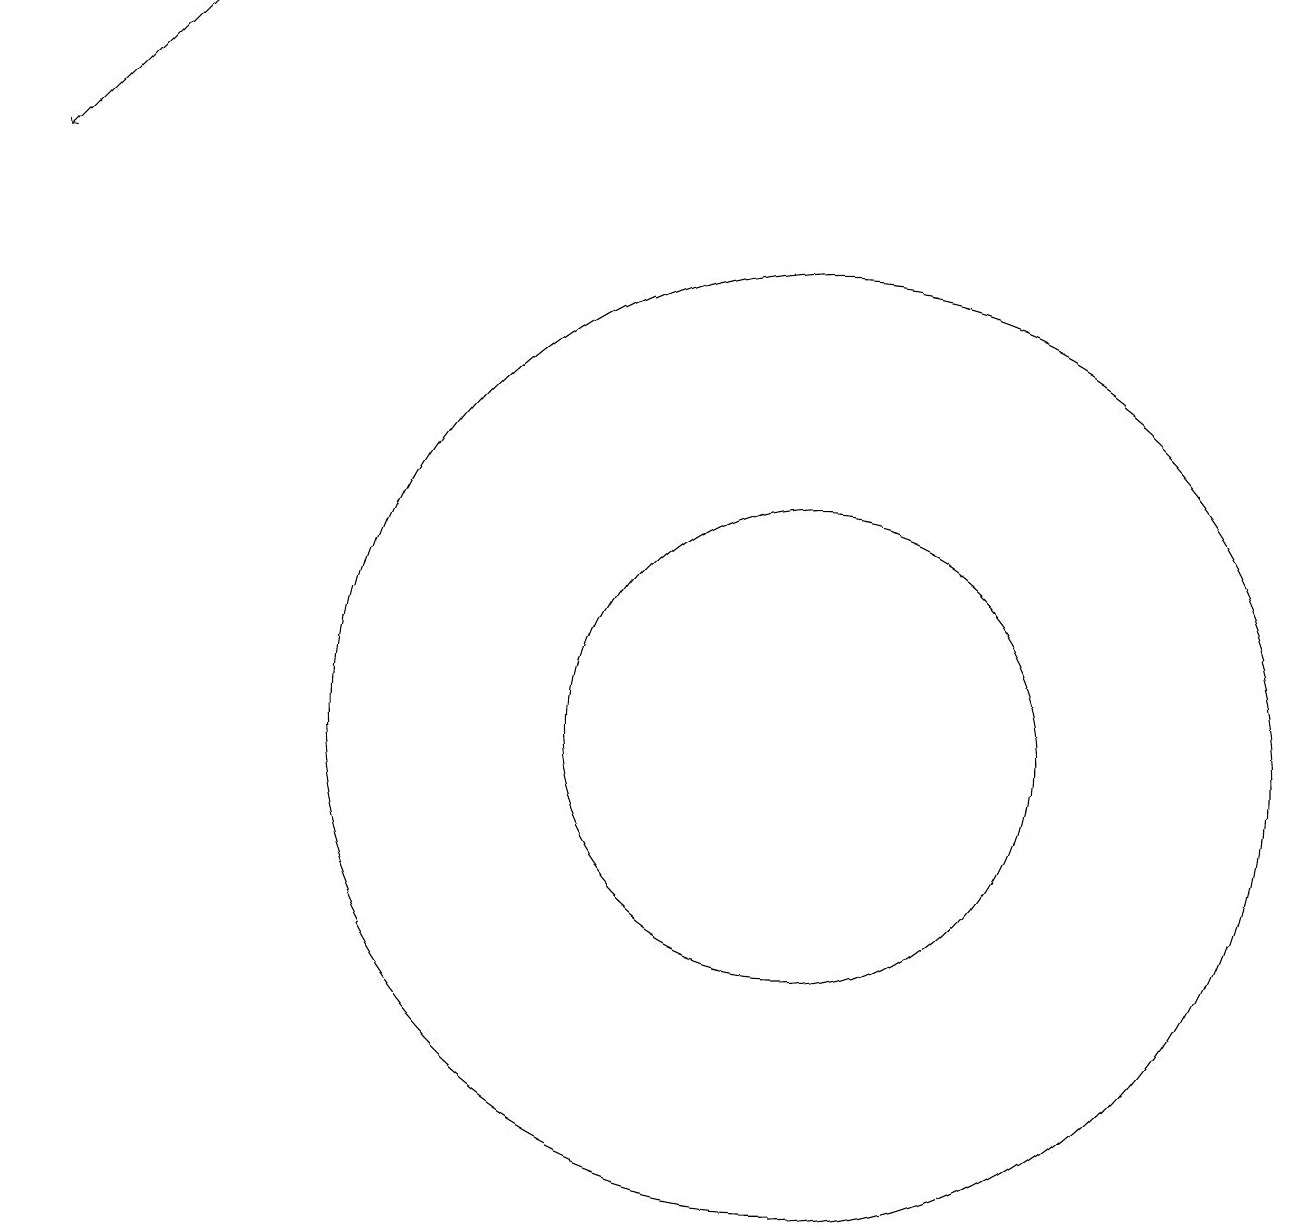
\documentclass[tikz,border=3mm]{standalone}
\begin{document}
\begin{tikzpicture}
\draw[->] (3,19) -- (1,17);
\draw (11,10) circle (3);
\draw (11,10) circle (6);
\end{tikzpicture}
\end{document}